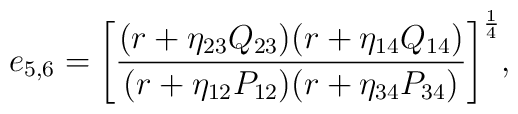
{ e_{5,6} = \left[ {  { (r + \eta_{23} Q_{23}) (r + \eta_{14} Q_{14}) } \over { (r + \eta_{12} P_{12}) (r + \eta_{34} P_{34}) } } \right]^{1 \over 4} } ,